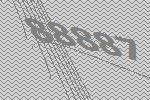
88887